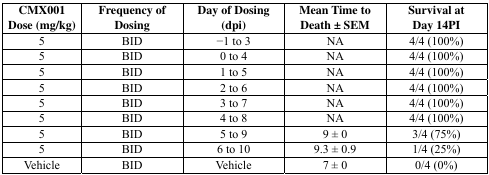
<table><thead><tr><td><b>CMX001 Dose (mg/kg)</b></td><td><b>Frequency of Dosing</b></td><td><b>Day of Dosing (dpi)</b></td><td><b>Mean Time to Death ± SEM</b></td><td><b>Survival at Day 14PI</b></td></tr></thead><tbody><tr><td>5</td><td>BID</td><td>−1 to 3</td><td>NA</td><td>4/4 (100%)</td></tr><tr><td>5</td><td>BID</td><td>0 to 4</td><td>NA</td><td>4/4 (100%)</td></tr><tr><td>5</td><td>BID</td><td>1 to 5</td><td>NA</td><td>4/4 (100%)</td></tr><tr><td>5</td><td>BID</td><td>2 to 6</td><td>NA</td><td>4/4 (100%)</td></tr><tr><td>5</td><td>BID</td><td>3 to 7</td><td>NA</td><td>4/4 (100%)</td></tr><tr><td>5</td><td>BID</td><td>4 to 8</td><td>NA</td><td>4/4 (100%)</td></tr><tr><td>5</td><td>BID</td><td>5 to 9</td><td>9 ± 0</td><td>3/4 (75%)</td></tr><tr><td>5</td><td>BID</td><td>6 to 10</td><td>9.3 ± 0.9</td><td>1/4 (25%)</td></tr><tr><td>Vehicle</td><td>BID</td><td>Vehicle</td><td>7 ± 0</td><td>0/4 (0%)</td></tr></tbody></table>